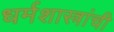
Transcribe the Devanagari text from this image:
धर्मशास्त्रांची